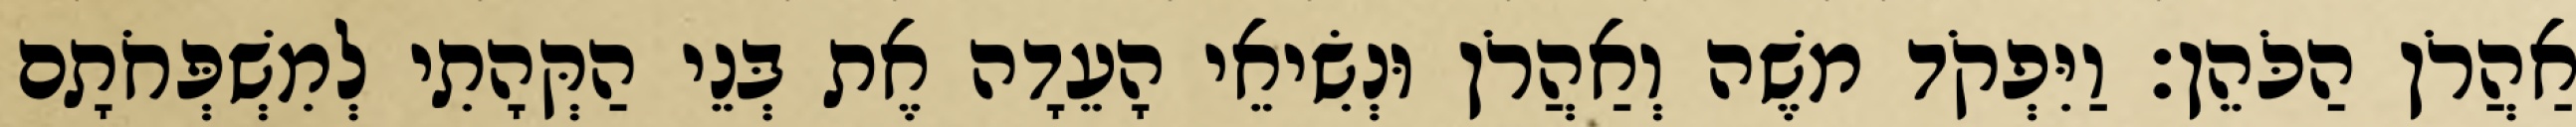
אַהֲרֹן הַכֹּהֵן׃ וַיִּפְקֹד משֶׁה וְאַהֲרֹן וּנְשִׂיאֵי הָעֵדָה אֶת בְּנֵי הַקְּהָתִי לְמִשְׁפְּחֹתָם